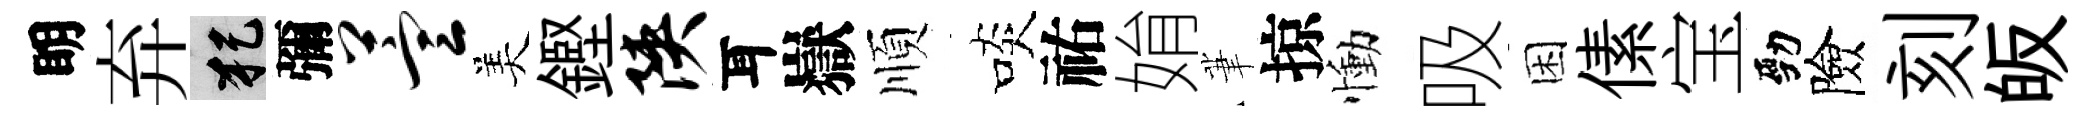
眀弃犯彌萱美鏗陕耳嶽順啖祐姢茟掠慟吸困傃宝勁險刻皈